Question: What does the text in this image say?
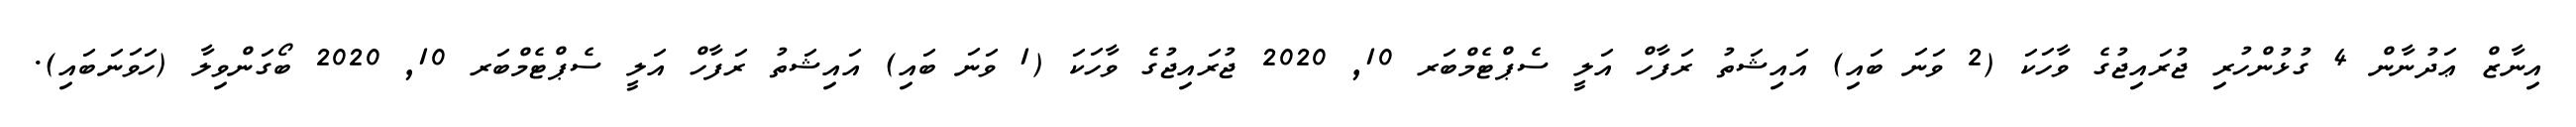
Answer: އިނާޒް ޢަދުނާން 4 ގުޅުންހުރި ޖުރައިޖުގެ ވާހަކަ (2 ވަނަ ބައި) އައިޝަތު ރަފާހް އަލީ ސެޕްޓެމްބަރ 10, 2020 ޖުރައިޖުގެ ވާހަކަ (1 ވަނަ ބައި) އައިޝަތު ރަފާހް އަލީ ސެޕްޓެމްބަރ 10, 2020 ބޯގަންވިލާ (ހަވަނަބައި).